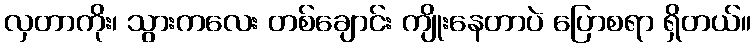
လှတာကိုး၊ သွားကလေး တစ်ချောင်း ကျိုးနေတာပဲ ပြောစရာ ရှိတယ်။